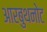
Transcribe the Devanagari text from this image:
आरबुथनोट